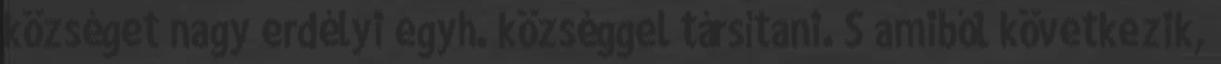
községet nagy erdélyi egyh. községgel társítani. S amiből következik,